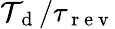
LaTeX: \mathcal{T}_{\mathrm{{~d~}}}/\tau_{\mathrm{{~r~e~v~}}}